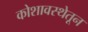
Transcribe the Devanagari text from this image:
कोशावस्थेतून